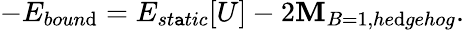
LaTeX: -E_{boun\mathrm{d}}=E_{st\mathtt{a}tic}[U]-2\mathbf{M}_{B=1,he\mathrm{d}gehog}.